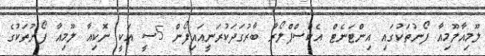
ލޫމިއާލޫމިއާ ފޯނުތަކުގައި އިންޓަނެޓް އެކްސްޕްލޯރާ ބާރުގަދަކުރަނީއައިފޯން 5ސީ އަކީ ނޮކިއާ ލޫމިއާ ފޯނުތަކުގެ